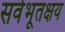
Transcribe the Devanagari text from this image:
सर्वभूतक्षय